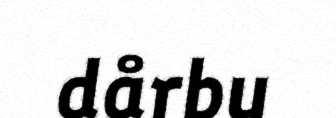
dårbu